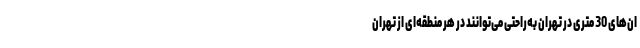
ان‌های 30 متری در تهران به‌راحتی می‌توانند در هر منطقه‌ای از تهران